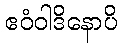
ဧဝံဝါဒိနောပိ